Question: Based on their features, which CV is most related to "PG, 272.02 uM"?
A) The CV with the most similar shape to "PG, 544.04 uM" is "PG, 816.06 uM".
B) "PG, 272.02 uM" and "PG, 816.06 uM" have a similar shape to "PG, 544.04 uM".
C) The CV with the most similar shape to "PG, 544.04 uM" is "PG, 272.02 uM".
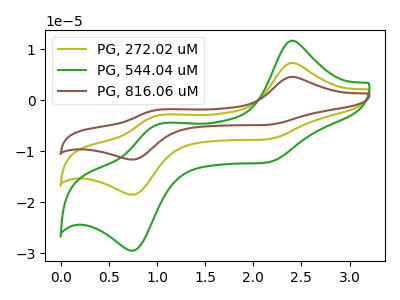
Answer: <think>The olive curve "PG, 272.02 uM" has anodic peaks at (2.40V, 7.35uA) (1.00V, -2.95uA) and cathodic peaks at (2.15V, -7.65uA) (0.75V, -18.55uA). The green curve "PG, 544.04 uM" has anodic peaks at (2.40V, 11.70uA) (1.00V, -4.70uA) and cathodic peaks at (2.15V, -12.25uA) (0.75V, -29.50uA). The brown curve "PG, 816.06 uM" has anodic peaks at (2.40V, 14.70uA) (1.00V, -5.95uA) and cathodic peaks at (2.15V, -15.35uA) (0.75V, -37.05uA).
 All the peaks in "PG, 272.02 uM" have a peak in "PG, 544.04 uM" at the same potential. All the peaks in "PG, 272.02 uM" have a peak in "PG, 816.06 uM" at the same potential. All the peaks in "PG, 544.04 uM" have a peak in "PG, 816.06 uM" at the same potential.</think>
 <answer>B) "PG, 272.02 uM" and "PG, 816.06 uM" have a similar shape to "PG, 544.04 uM".</answer>
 <eval>B</eval>